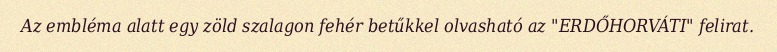
Az embléma alatt egy zöld szalagon fehér betűkkel olvasható az "ERDŐHORVÁTI" felirat.